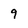
Character: 9